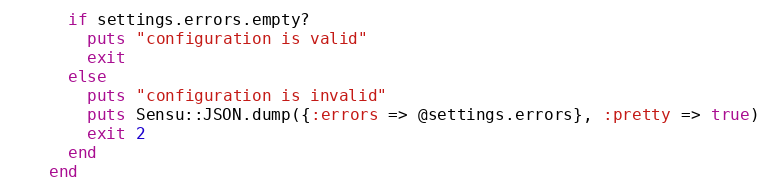
Language: Ruby
      if settings.errors.empty?
        puts "configuration is valid"
        exit
      else
        puts "configuration is invalid"
        puts Sensu::JSON.dump({:errors => @settings.errors}, :pretty => true)
        exit 2
      end
    end